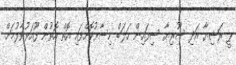
ޕީ ރަޝިޔާ އަދި ސޫރިޔާ ސިފައިން ހަލަބް ހިސާރުކޮށްފައި އޮތް އޮތުން ފޫއަޅުވާލުމަށް